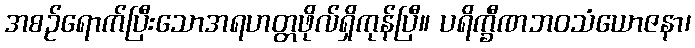
အစဉ်ရောက်ပြီးသောအရဟတ္တဖိုလ်ရှိကုန်ပြီ။ ပရိက္ခီဏဘဝသံယောဇနာ၊